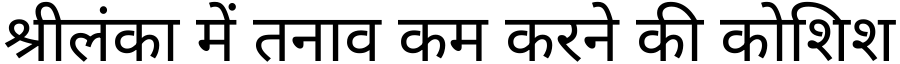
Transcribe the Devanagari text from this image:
श्रीलंका में तनाव कम करने की कोशिश